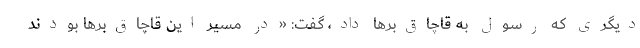
دیگری که رسول به قاچاق‌برها داد، گفت: «در مسیر این قاچاق‌برها بودند